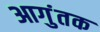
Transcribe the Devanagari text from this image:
आगुंतक